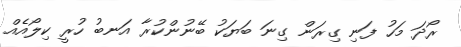
ރޯދަ މަހު ފަނި ގިރަން ގިނަ ބަޔަކު ބޭނުންކުރާ އަނބު ހުރީ ކިލޯއެއް